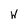
Character: w